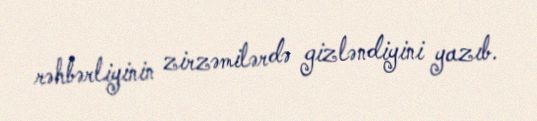
rəhbərliyinin zirzəmilərdə gizləndiyini yazıb.